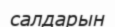
салдарын